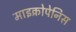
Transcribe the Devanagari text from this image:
माइक्रोपेनिस